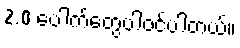
2.0 ပေါက်တွေပါ၀င်ပါတယ်။